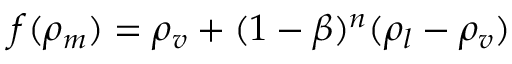
f ( \rho _ { m } ) = \rho _ { v } + ( 1 - \beta ) ^ { n } ( \rho _ { l } - \rho _ { v } )